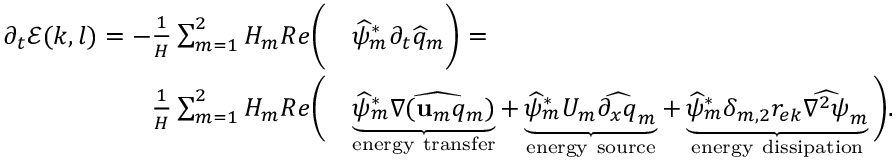
\begin{array} { r l } { \partial _ { t } \mathcal { E } ( k , l ) = - \frac { 1 } { H } \sum _ { m = 1 } ^ { 2 } H _ { m } R e \Bigg ( } & { \widehat { \psi } _ { m } ^ { * } \partial _ { t } \widehat { q } _ { m } \Bigg ) = } \\ { \frac { 1 } { H } \sum _ { m = 1 } ^ { 2 } H _ { m } R e \Bigg ( } & { \underbrace { \widehat { \psi } _ { m } ^ { * } \widehat { \nabla ( \mathbf { u } _ { m } q _ { m } } ) } _ { \mathrm { e n e r g y ~ t r a n s f e r } } + \underbrace { \widehat { \psi } _ { m } ^ { * } U _ { m } \widehat { \partial _ { x } q } _ { m } } _ { \mathrm { e n e r g y ~ s o u r c e } } + \underbrace { \widehat { \psi } _ { m } ^ { * } \delta _ { m , 2 } r _ { e k } \widehat { \nabla ^ { 2 } \psi } _ { m } } _ { \mathrm { e n e r g y ~ d i s s i p a t i o n } } \Bigg ) . } \end{array}